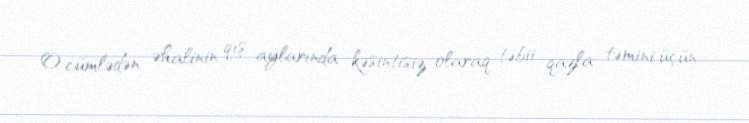
O cümlədən əhalinin qış aylarında kəsintisiz olaraq təbii qazla təmini üçün